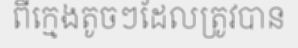
ពីក្មេងតូចៗដែលត្រូវបាន